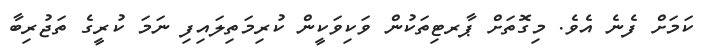
ކަމަށް ފެނެ އެވެ. މިގޮތަށް ޕާރޓިތަކުން ވަކިވަކީން ކުރިމަތިލައިފި ނަމަ ކުރީގެ ތަޖުރިބާ